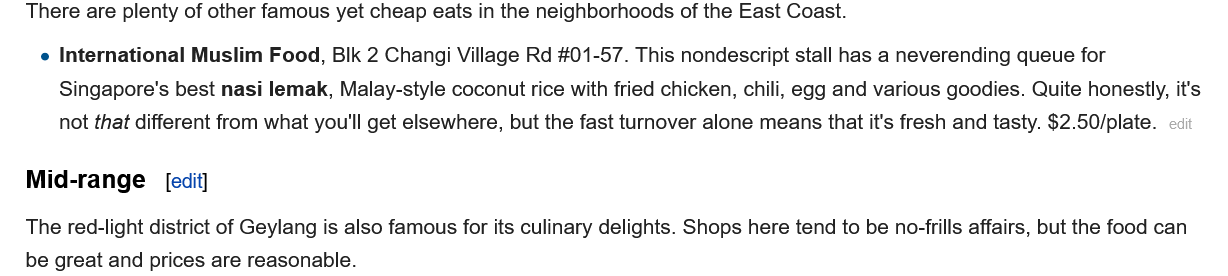
There are plenty of other famous yet cheap eats in the neighborhoods of the East Coast.
    e International Muslim Food, Blk 2 Changi Village Rd #01-57. This nondescript stall has a neverending queue for
     Singapore's best nasi lemak, Malay-style coconut rice with fried chicken, chili, egg and various goodies. Quite honestly, it's
     not that different from what you'll get elsewhere, but the fast turnover alone means that it's fresh and tasty. $2.50/plate.
   Mid-range
   The red-light district of Geylang is also famous for its culinary delights. Shops here tend to be no-frills affairs, but the food cat
   be great and prices are reasonable.